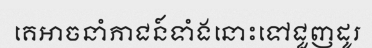
គេអាចនាំភាជន៍ទាំងនោះទៅជួញដូរ